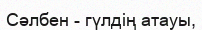
Сәлбен - гүлдің атауы,